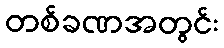
တစ်ခဏအတွင်း